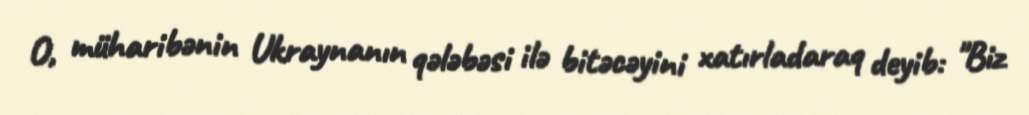
O, müharibənin Ukraynanın qələbəsi ilə bitəcəyini xatırladaraq deyib: "Biz